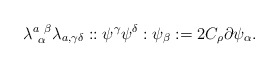
\begin{align*}\lambda^{a~\beta}_{~\alpha} \lambda_{a,\gamma \delta} ::\psi^{\gamma} \psi^{\delta}: \psi_{\beta}: = 2 C_{\rho} \partial\psi_{\alpha}.\end{align*}